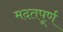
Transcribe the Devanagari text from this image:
मदतपूर्ण